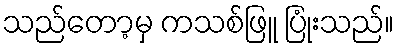
သည်တော့မှ ကသစ်ဖြူ ပြုံးသည်။